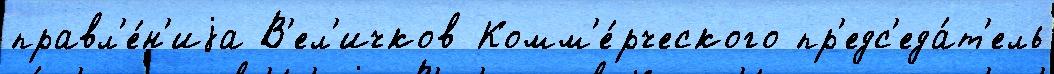
правл'е́н'иjа В'ел'ичков Комм'е́рческого пр'едс'еда́т'ель